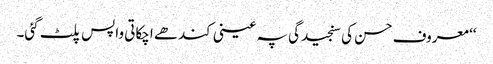
‘‘ معروف حسن کی سنجیدگی پہ عینی کندھے اچکاتی واپس پلٹ گئی۔